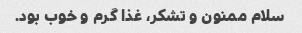
سلام ممنون و تشکر، غذا گرم و خوب بود.